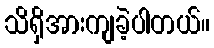
သိရှိအားကျခဲ့ပါတယ်။